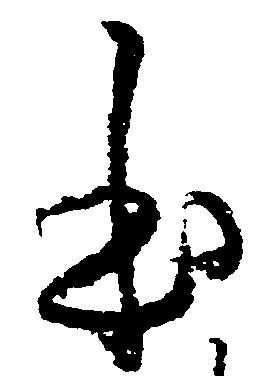
本